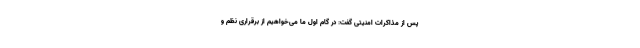
پس از مذاکرات امنیتی گفت: در گام اول ما می‌خواهیم از برقراری نظم و